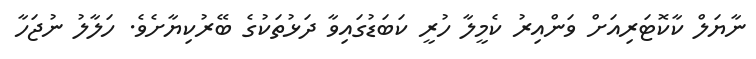
ނާޔަލް ކާކޮޓަރިއަށް ވަންއިރު ކެމީލާ ހުރީ ކަބަޑުގައިވާ ދަޅުތަކުގެ ބޭރުކިޔާށެވެ. ހަލާލު ނުޖަހާ